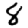
Digit: 8